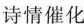
诗情催化